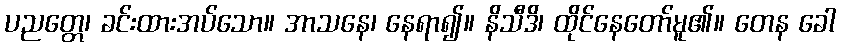
ပညတ္တေ၊ ခင်းထားအပ်သော။ အာသနေ၊ နေရာ၍။ နိသီဒိ၊ ထိုင်နေတော်မူ၏။ တေန ခေါ